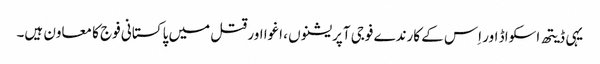
یہی ڈیتھ اسکواڈ اور اِس کے کارندے فوجی آپریشنوں ، اغوا اور قتل میں پاکستانی فوج کا معاون ہیں۔